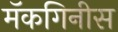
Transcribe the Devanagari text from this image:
मॅकगिनीस